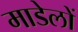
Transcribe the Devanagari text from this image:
माडेलों